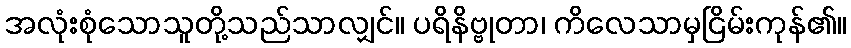
အလုံးစုံသောသူတို့သည်သာလျှင်။ ပရိနိဗ္ဗုတာ၊ ကိလေသာမှငြိမ်းကုန်၏။